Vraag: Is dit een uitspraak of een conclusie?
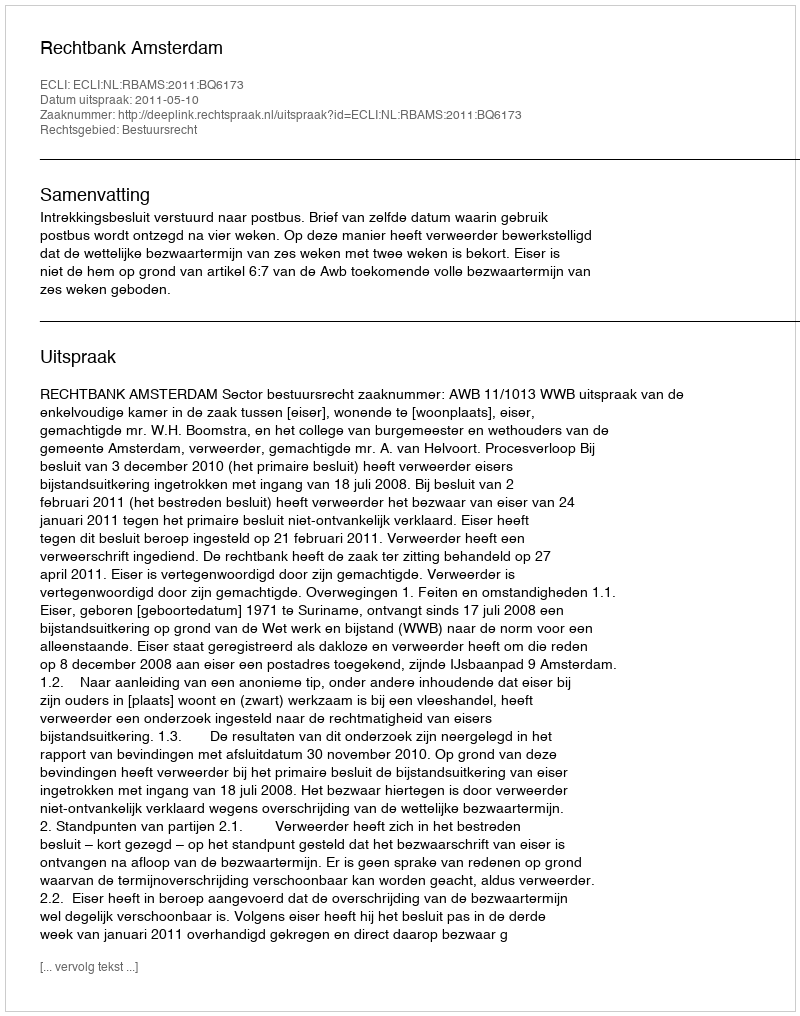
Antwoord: Uitspraak